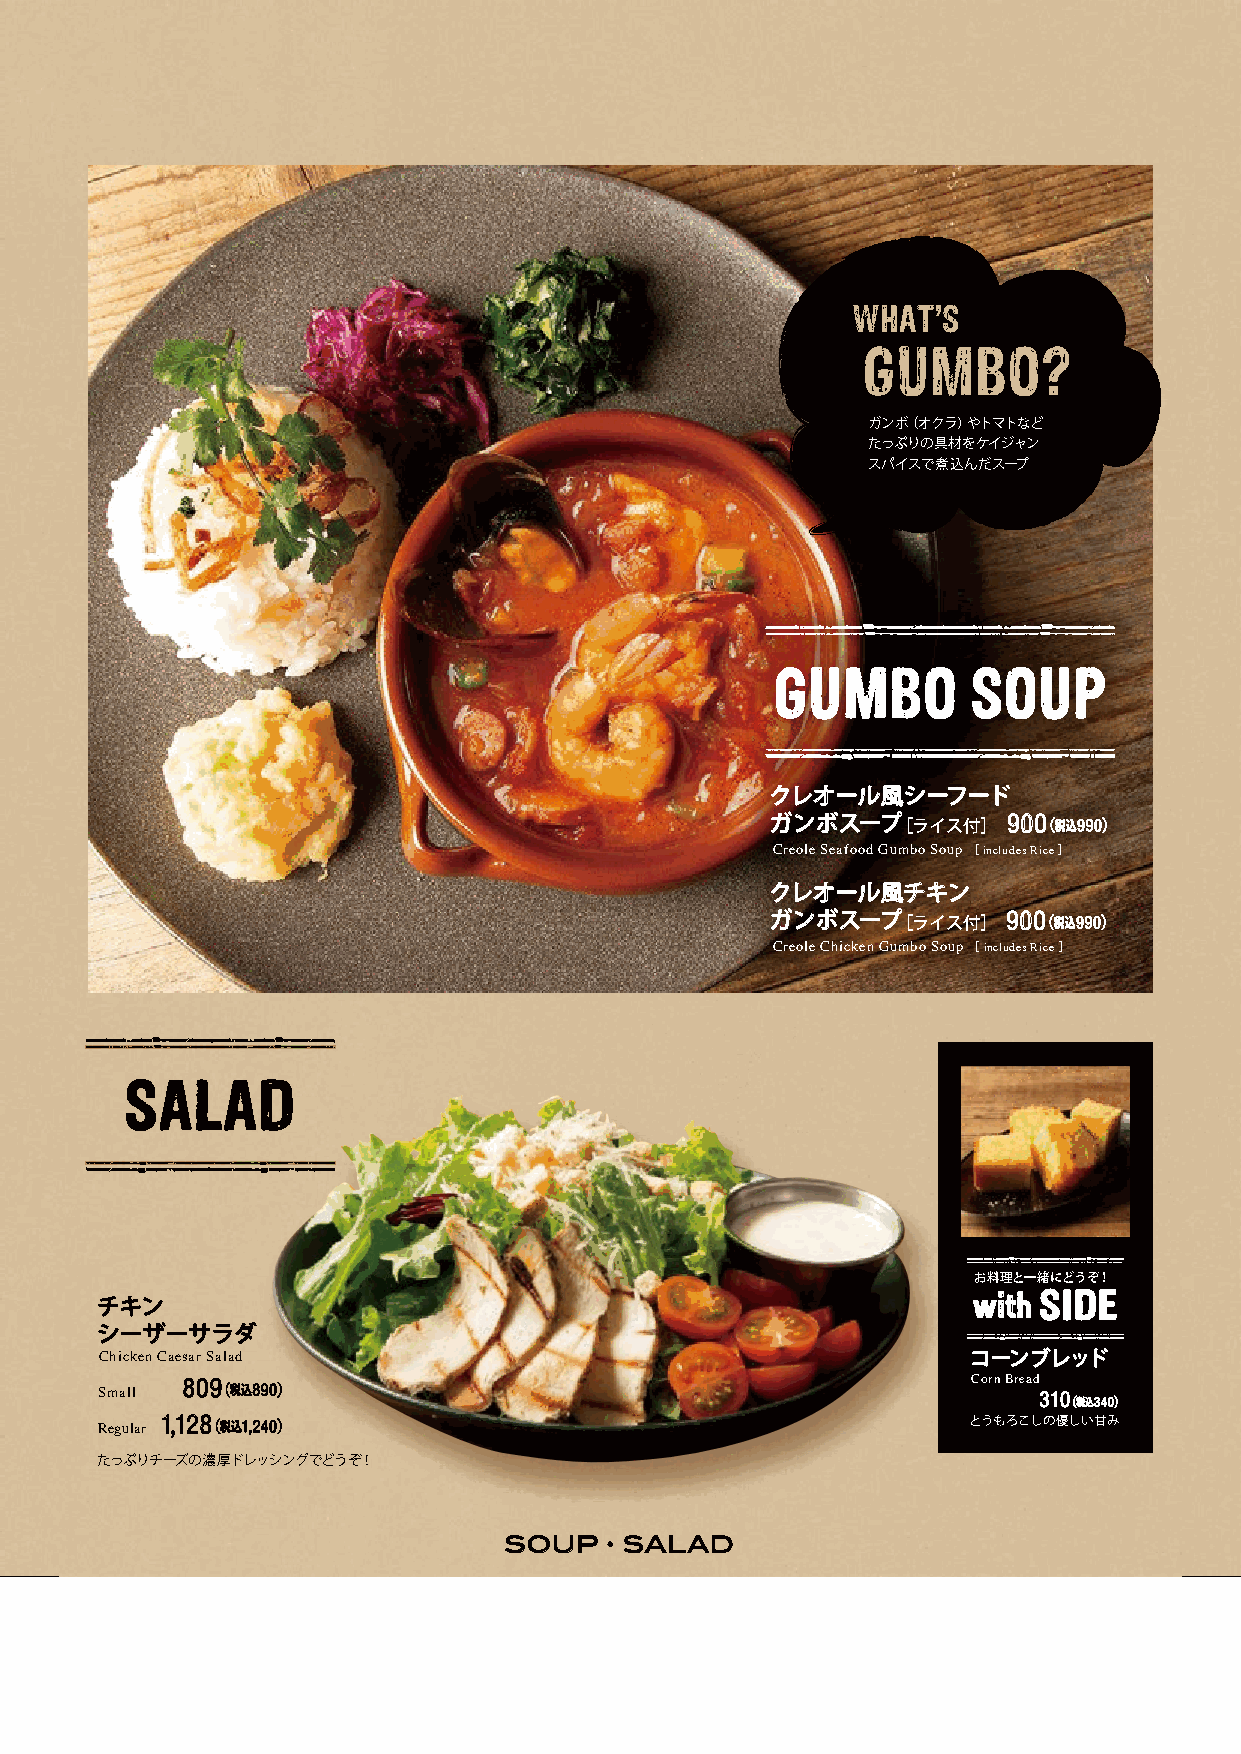
P4
 WHAT’S
 GUMBO?
 ガンボ（オクラ）やトマトなど
 たっぷりの具材をケイジャン
 スパイスで煮込んだスープ
 GUMBO        SOUP
 クレオール風シーフード
 ガンボスープ［ライス付］    900 （税込990）
 Creole Seafood Gumbo Soup ［ includes Rice ］
 クレオール風チキン
 ガンボスープ［ライス付］    900 （税込990）
 Creole Chicken Gumbo Soup ［ includes Rice ］
 SALAD
 お料理と一緒にどうぞ！
 チキン                                                       with SIDE
 シーザーサラダ
 Chicken Caesar Salad                                     コーンブレッド
 Small 809 （税込890）                                        Corn Bread 310 （税込340）
 Regular 1,128 （税込1,240）                                  とうもろこしの優しい甘み
 たっぷりチーズの濃厚ドレッシングでどうぞ！
 SOUP   ・ SALAD